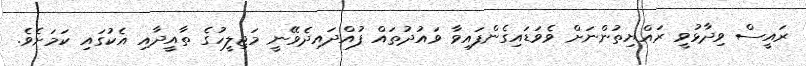
ރައީސް ވިދާޅުވީ ރައްޔިތުންނަށް ވެވަޑައިގެންފައިވާ ވައުދުތައް ފުއްދައިދެވޭނީ މަޖިލީހުގެ ތާއީދާއި އެކުގައި ކަމަށެވެ.